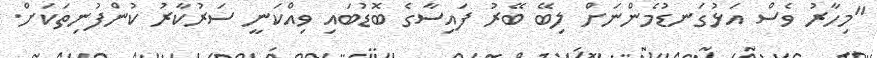
"މިހާރު ވެސް އަޅުގަނޑުމެންނަށް ލިބޭ ބޭރު ފައިސާގެ ބޮޑުބައި ވިއްކަނީ ސަރުކާރު ކުންފުނިތަކަށް.